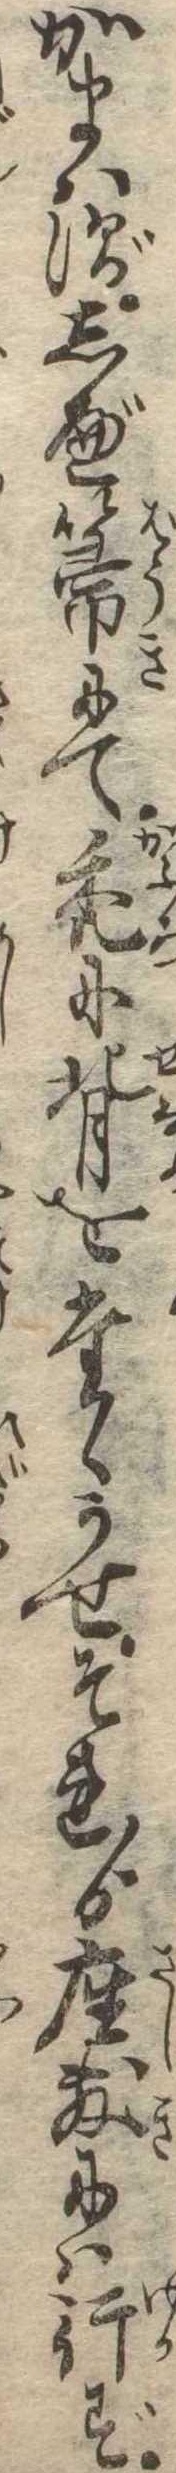
かまはずしべ箒にて禿に背をたゝかせそれゟ座敷には行ず